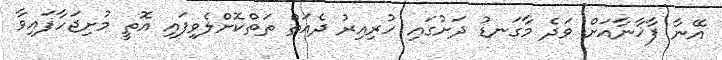
އޭނާ ފާޚާނާއަށް ވަދެ މާގަނޑު ދަށުގައި ހުރިއިރު ދެއަތް ތަތްކޮށްލެވިފައި އޮތީ މުށިޖަހާފައިވާ